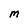
Character: M